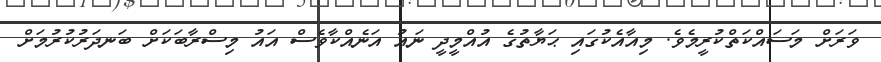
ވަރަށް މަސައްކަތްކުރީމެވެ. މިއާއެކުގައި ޙަޔާތުގެ އުއްމީދީ ނައު އަނެއްކާވެސް އައު މިސްރާބަކަށް ބަނދަރުކުރުމަށް